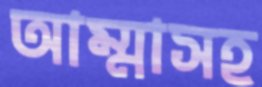
আম্মাসহ